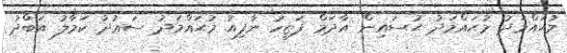
މުޙައްމަދު މުޙައްމަދު ޙުސައިން އާދަމް ފަޒީހު ނާފިއު މުޙައްމަދު ސަޢުދު ކަމާލު އަބްދު